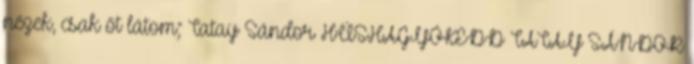
nézek, csak őt látom; Tatay Sándor HÚSHAGYÓKEDD TATAY SÁNDOR